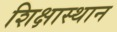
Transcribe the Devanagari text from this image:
शिक्षास्थान